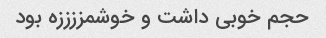
حجم خوبی داشت و خوشمززززه بود